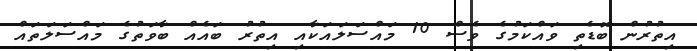
އިތުރުން ބޮޑެތި ވައްކަމުގެ ވެސް 10 މައްސަލައަކާއި އިތުރު ބައެއް ބާވަތުގެ މައްސަލަތައް